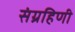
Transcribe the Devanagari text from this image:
संग्रहिणी